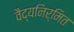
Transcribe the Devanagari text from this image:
वैद्यनिर्मित